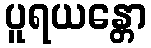
ပူရယန္တော